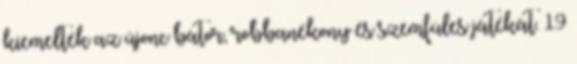
kiemelték az újonc bátor, robbanékony és szemfüles játékát. 19